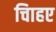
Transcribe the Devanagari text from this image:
चािहए